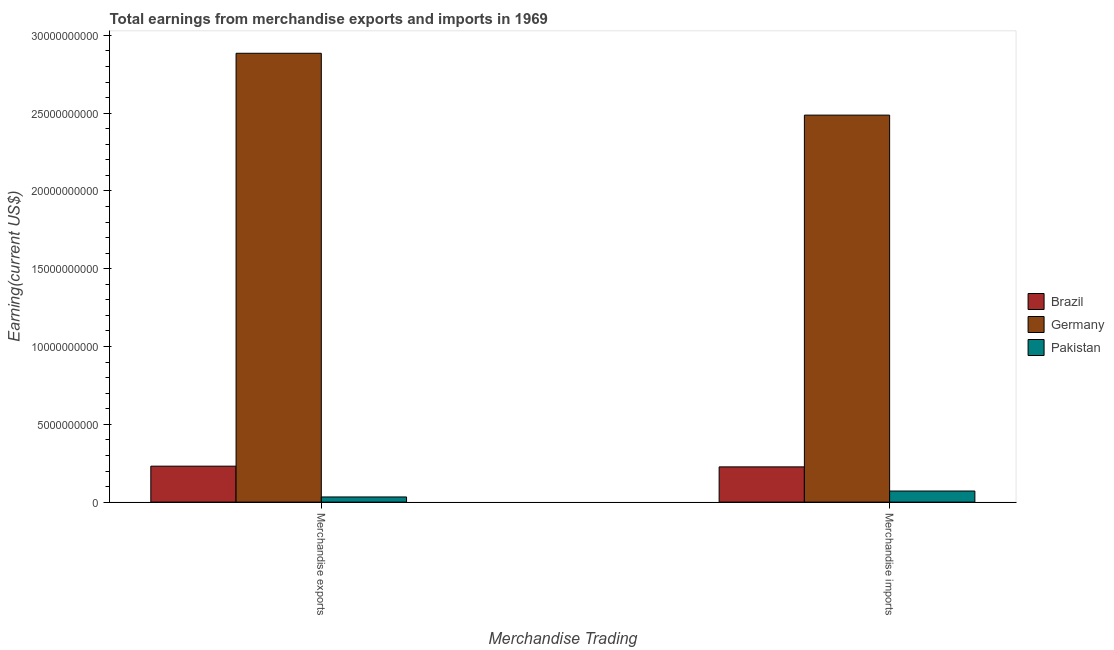
| Merchandise Trading | Brazil | Germany | Pakistan |
 | --- | --- | --- | --- |
 | Merchandise exports | 2.31e+09 | 2.89e+10 | 3.32e+08 |
 | Merchandise imports | 2.26e+09 | 2.49e+10 | 7.13e+08 |